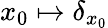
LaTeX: x_{0}\mapsto\delta_{x_{0}}